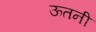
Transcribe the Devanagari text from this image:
ऊतनी